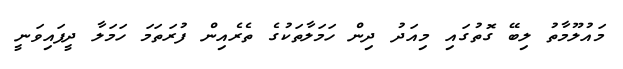
މައުލޫމާތު ލިބޭ ގޮތުގައި މިއަދު ދިން ހަމަލާތަކުގެ ތެރެއިން ފުރަތަމަ ހަމަލާ ދީފައިވަނީ